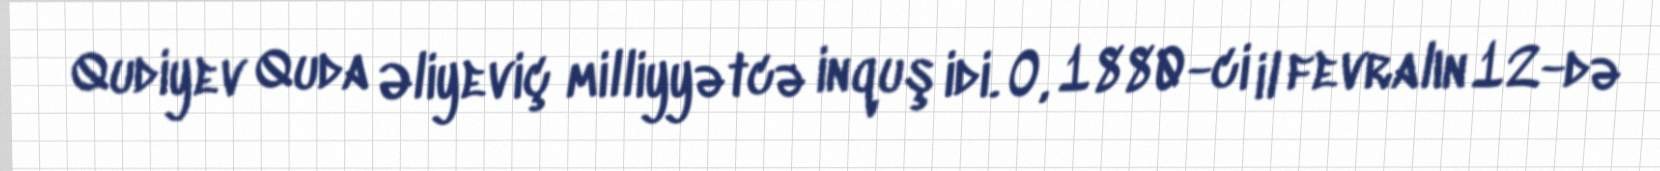
Qudiyev Quda Əliyeviç milliyyətcə inquş idi. O, 1880-ci il fevralın 12-də